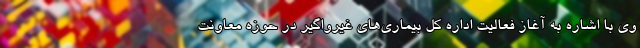
وی با اشاره به آغاز فعالیت اداره کل بیماری‌های غیرواگیر در حوزه معاونت